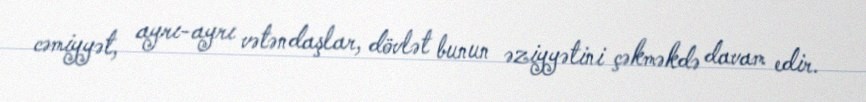
cəmiyyət, ayrı-ayrı vətəndaşlar, dövlət bunun əziyyətini çəkməkdə davam edir.